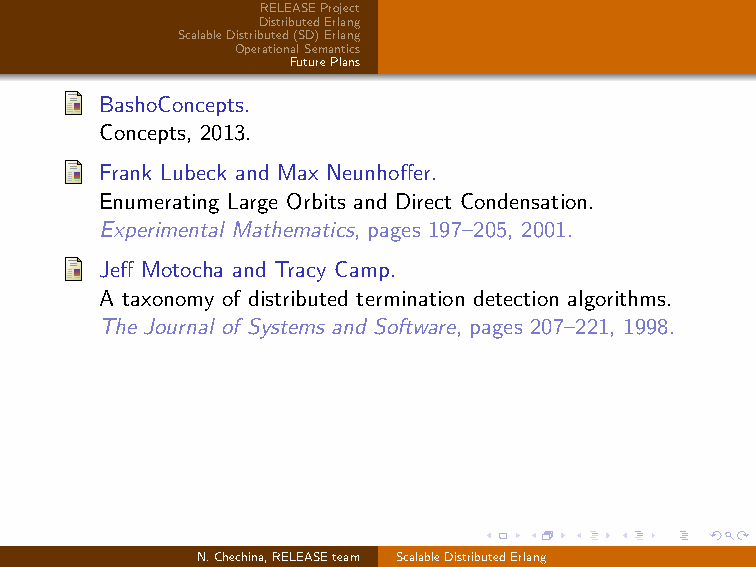
RELEASEProject
 DistributedErlang
 ScalableDistributed(SD)Erlang
 OperationalSemantics
 FuturePlans
 BashoConcepts.
 Concepts, 2013.
 Frank Lubeck and Max Neunhoffer.
 Enumerating Large Orbits and Direct Condensation.
 Experimental Mathematics, pages 197–205, 2001.
 Jeff Motocha and Tracy Camp.
 A taxonomy of distributed termination detection algorithms.
 The Journal of Systems and Software, pages 207–221, 1998.
 N.Chechina,RELEASEteam ScalableDistributedErlang